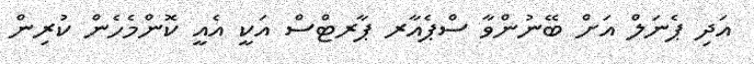
އަދި ޕެނަލް އަށް ބޭނުންވާ ސްޕެއާރ ޕާރޓްސް އަކީ އެއީ ކޮންމެހެން ކުރިން